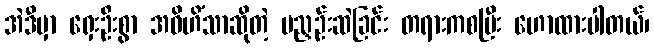
အဲဒီမှာ ရှေးဦးစွာ အဝိဟိံသာဆိုတဲ့ မညှဉ်းဆဲခြင်း တရားကစပြီး ဟောထားပါတယ်၊